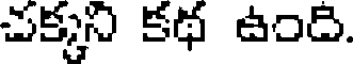
చక్కని కథ ఉంది.